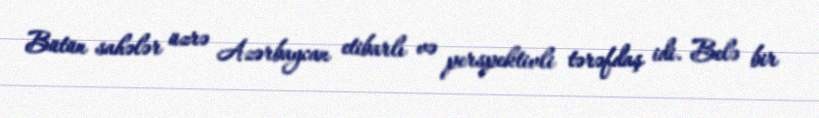
Bütün sahələr üzrə Azərbaycan etibarlı və perspektivli tərəfdaş idi. Belə bir